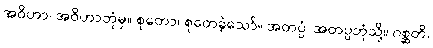
အဝိဟာ၊ အဝိဟာဘုံမှ။ စုတော၊ စုတေခဲ့သော်။ အတပ္ပံ၊ အတပ္ပဘုံသို့။ ဂစ္ဆတိ၊